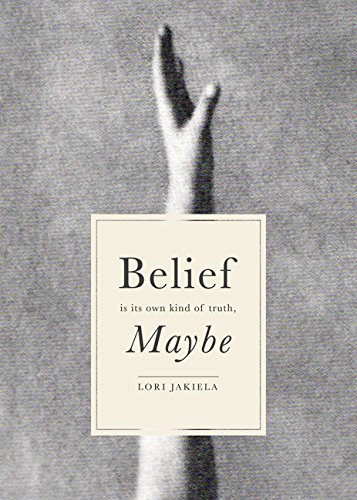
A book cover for Belief Is Its Own Kind of Truth, Maybe; Lori Jakiela; Parenting & Relationships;